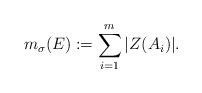
LaTeX: \begin{align*}m_{\sigma}(E):=\sum_{i=1}^m |Z(A_i)|.\end{align*}